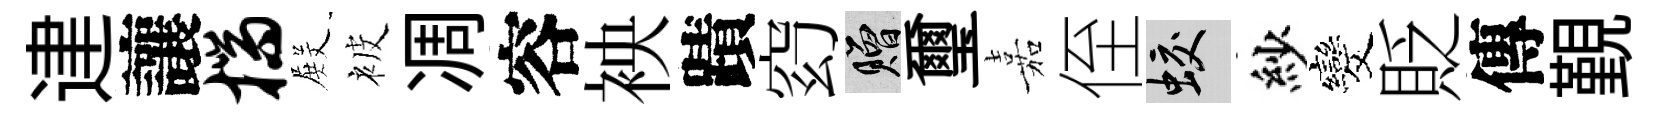
䢖讓揣𭮺被凋容䘧蹟𥥆贈璽嘉侄蛟紗发貶傳覲